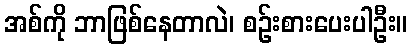
အစ်ကို ဘာဖြစ်နေတာလဲ၊ စဉ်းစားပေးပါဦး။